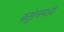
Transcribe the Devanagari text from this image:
कंट्रोलमध्ये